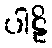
ပါဠိ